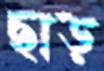
ছাড়